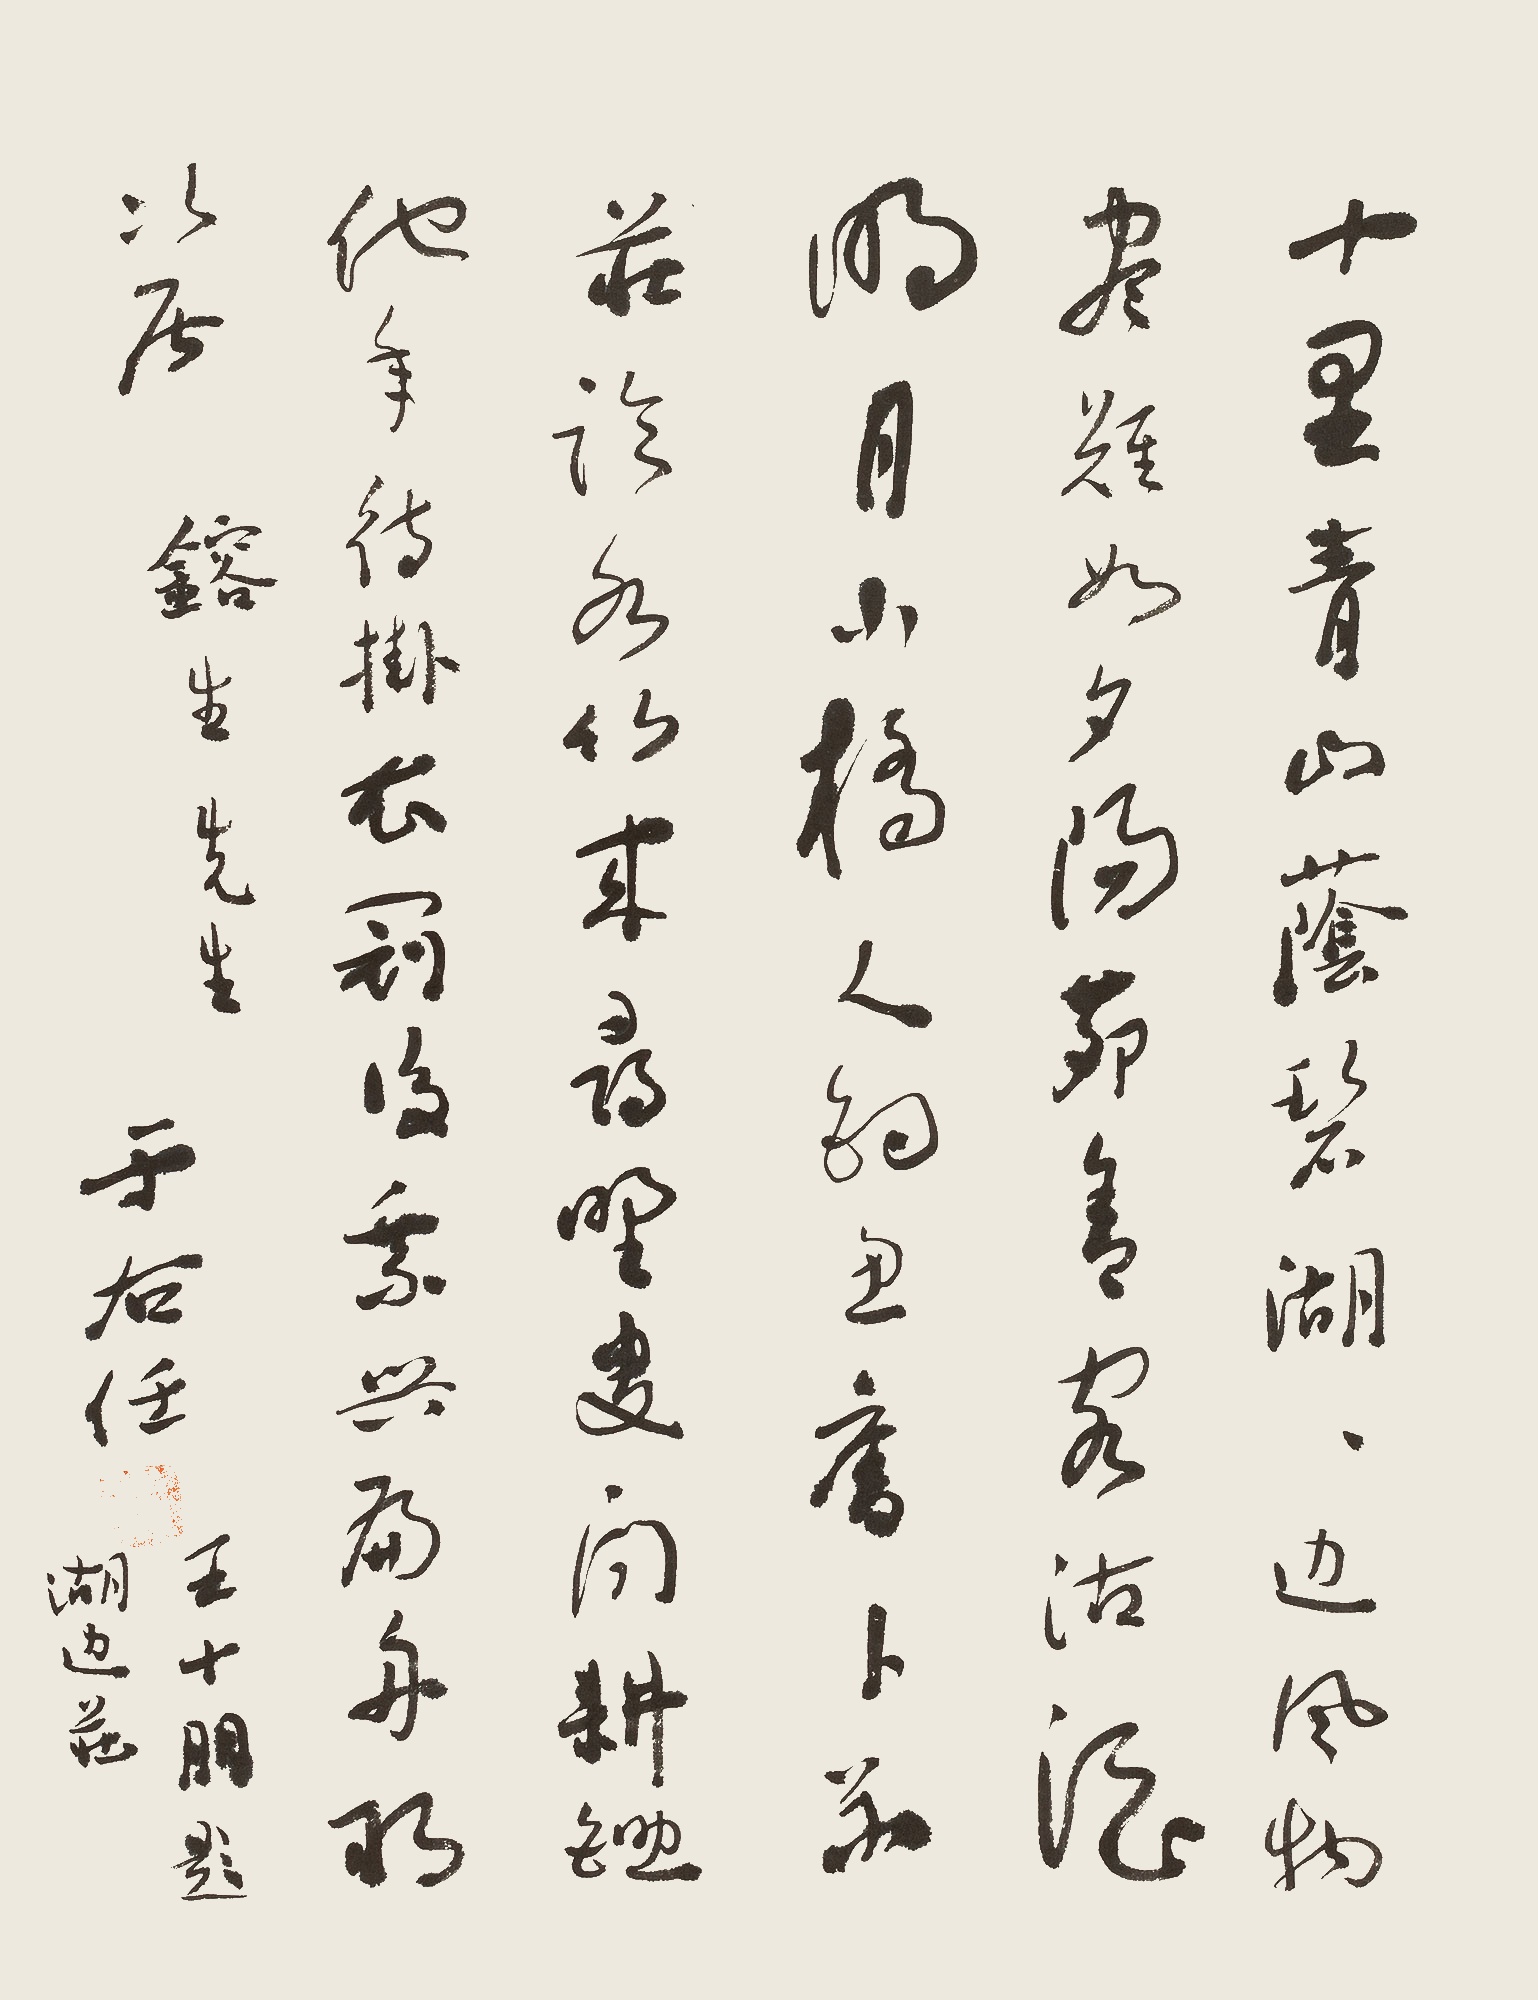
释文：十里青山荫碧湖，湖边风物画难如。夕阳茅舍客沽酒，明月小桥人钓鱼。旧卜草庄临水竹，来寻野叟问耕锄。他年待挂衣冠后，乘兴扁舟取次居。镕生先生。于右任。王十朋题湖边庄。